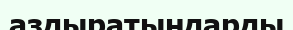
аздыратындарды